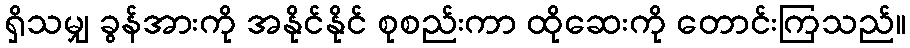
ရှိသမျှ ခွန်အားကို အနိုင်နိုင် စုစည်းကာ ထိုဆေးကို တောင်းကြသည်။